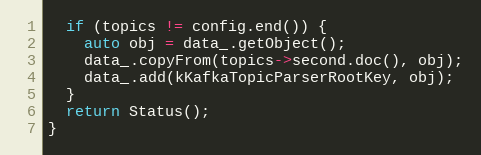
Language: C++
  if (topics != config.end()) {
    auto obj = data_.getObject();
    data_.copyFrom(topics->second.doc(), obj);
    data_.add(kKafkaTopicParserRootKey, obj);
  }
  return Status();
}